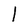
Character: l